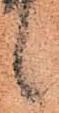
候